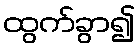
ထွက်ခွာ၍